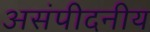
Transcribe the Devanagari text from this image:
असंपीदनीय